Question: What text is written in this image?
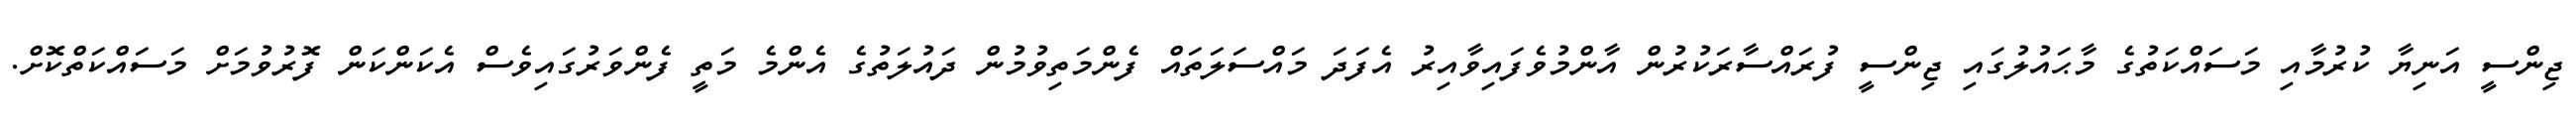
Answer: ޖިންސީ އަނިޔާ ކުރުމާއި މަސައްކަތުގެ މާޙައުލުގައި ޖިންސީ ފުރައްސާރަކުރުން އާންމުވެފައިވާއިރު އެފަދަ މައްސަލަތައް ފެންމަތިވުމުން ދައުލަތުގެ އެންމެ މަތީ ފެންވަރުގައިވެސް އެކަންކަން ފޮރުވުމަށް މަސައްކަތްކޮށް.